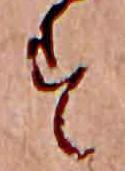
す